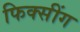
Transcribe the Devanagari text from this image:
फिक्सींग